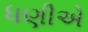
ધણીએ